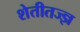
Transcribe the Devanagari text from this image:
शेतीतज्‍ज्ञ